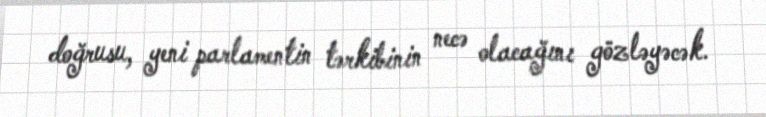
doğrusu, yeni parlamentin tərkibinin necə olacağını gözləyəcək.